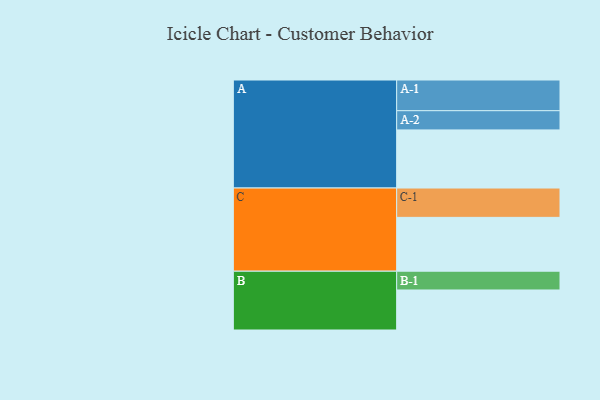
{"axis": {"x": "Segment", "y": "Value"}, "legend": ["", "A", "B", "C"], "data": [{"x": "A", "y": 517, "type": ""}, {"x": "B", "y": 356, "type": ""}, {"x": "C", "y": 479, "type": ""}, {"x": "A-1", "y": 273, "type": "A"}, {"x": "A-2", "y": 171, "type": "A"}, {"x": "B-1", "y": 167, "type": "B"}, {"x": "C-1", "y": 261, "type": "C"}]}